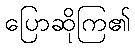
ပြောဆိုကြ၏